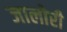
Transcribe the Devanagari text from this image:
जालोरी